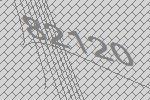
82120